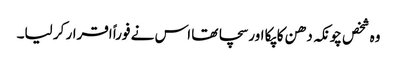
وہ شخص چونکہ دھن کا پکا اور سچا تھا اس نے فوراً اقرار کر لیا۔